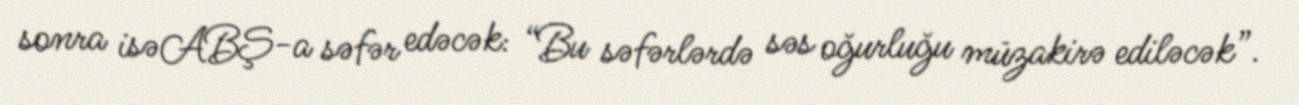
sonra isəABŞ-a səfər edəcək: “Bu səfərlərdə səs oğurluğu müzakirə ediləcək”.